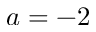
a = - 2